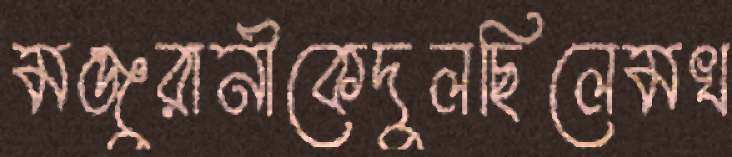
মঞ্জুরানীকেদুলছিলেমখ